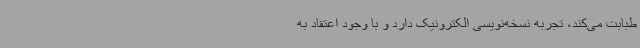
طبابت می‌کند، تجربه نسخه‌نویسی الکترونیک دارد و با وجود اعتقاد به